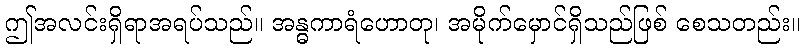
ဤအလင်းရှိရာအရပ်သည်။ အန္ဓကာရံဟောတု၊ အမိုက်မှောင်ရှိသည်ဖြစ် စေသတည်း။